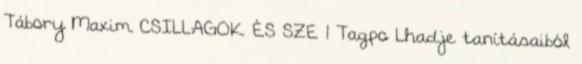
Tábory Maxim CSILLAGOK ÉS SZE 1 Tagpo Lhadje tanításaiból